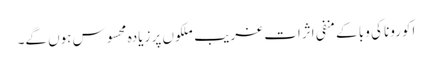
اکورونا کی وبا کے منفی اثرات غریب ملکوں پر زیادہ محسوس ہوں گے۔